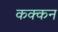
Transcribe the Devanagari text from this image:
कक्कन